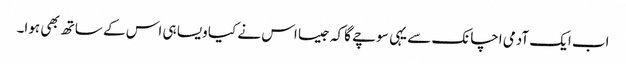
اب ایک آدمی اچانک سے یہی سوچے گا کہ جیسا اس نے کیا ویسا ہی اس کے ساتھ بھی ہوا۔